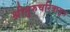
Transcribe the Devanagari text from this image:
श्रीगुरुचरित्रामृत